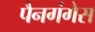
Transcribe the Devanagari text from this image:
पैनगंगेस